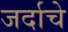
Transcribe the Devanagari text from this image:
जर्दाचे